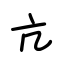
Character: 亢